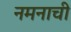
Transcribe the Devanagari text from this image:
नमनाची